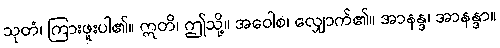
သုတံ၊ ကြားဖူးပါ၏။ ဣတိ၊ ဤသို့။ အဝေါစ၊ လျှောက်၏။ အာနန္ဒ၊ အာနန္ဒာ။